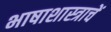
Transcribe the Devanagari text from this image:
भाषाशास्त्राचें